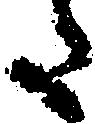
た